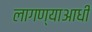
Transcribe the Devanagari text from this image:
लागण्याआधी